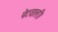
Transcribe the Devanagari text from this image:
पेटवाली।